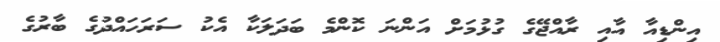
އިންޑިއާ އާއި ރާއްޖޭގެ ގުޅުމަށް އަންނަ ކޮންމެ ބަދަލަކާ އެކު ސަރަހައްދުގެ ބާރުގެ